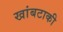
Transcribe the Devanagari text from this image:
खांबटाकी